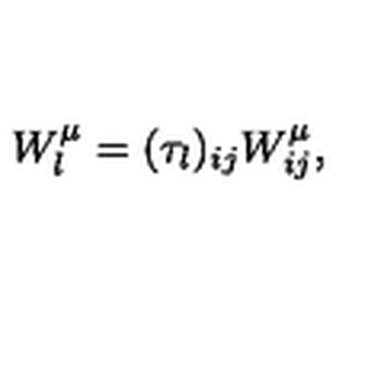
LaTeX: W _ { l } ^ { \mu } = ( { \tau _ { l } } ) _ { i j } W _ { i j } ^ { \mu } ,